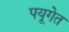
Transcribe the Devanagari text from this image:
पयूगेत